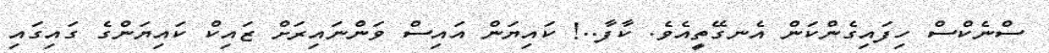
ސްނެކްސް ހިފައިގެންކަން އެނގޭތީއެވެ. ކާފާ..! ކައިޔަން އައިސް ވަންނައިރަށް ޒައިކް ކައިޔަންގެ ގައިގައި